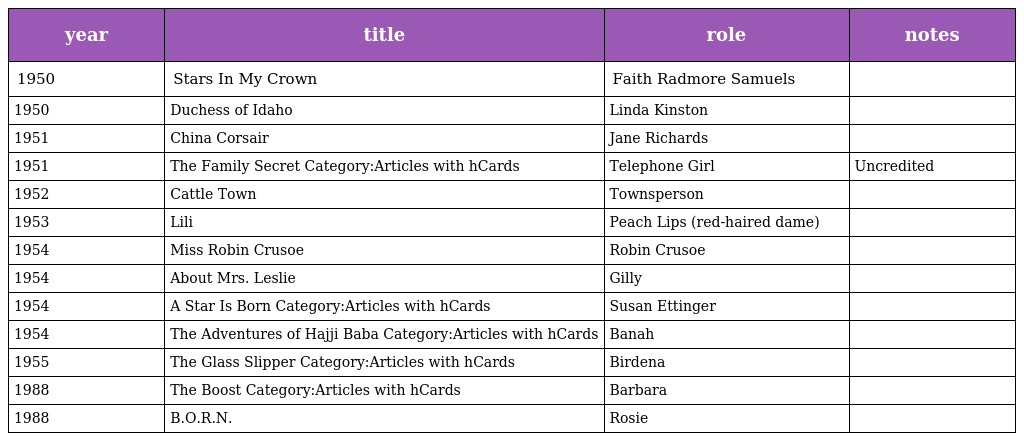
| year | title | role | notes |
 | --- | --- | --- | --- |
 | 1950 | Stars In My Crown | Faith Radmore Samuels |  |
 | 1950 | Duchess of Idaho | Linda Kinston |  |
 | 1951 | China Corsair | Jane Richards |  |
 | 1951 | The Family Secret Category:Articles with hCards | Telephone Girl | Uncredited |
 | 1952 | Cattle Town | Townsperson |  |
 | 1953 | Lili | Peach Lips (red-haired dame) |  |
 | 1954 | Miss Robin Crusoe | Robin Crusoe |  |
 | 1954 | About Mrs. Leslie | Gilly |  |
 | 1954 | A Star Is Born Category:Articles with hCards | Susan Ettinger |  |
 | 1954 | The Adventures of Hajji Baba Category:Articles with hCards | Banah |  |
 | 1955 | The Glass Slipper Category:Articles with hCards | Birdena |  |
 | 1988 | The Boost Category:Articles with hCards | Barbara |  |
 | 1988 | B.O.R.N. | Rosie |  |